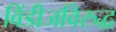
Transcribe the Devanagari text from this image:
विंडीजविरुद्ध